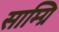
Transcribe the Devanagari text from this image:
साम्ग्रि